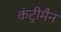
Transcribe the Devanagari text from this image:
कंट्रीमैन